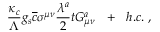
\frac { \kappa _ { c } } { \Lambda } g _ { s } \overline { { { c } } } \sigma ^ { \mu \nu } \frac { \lambda ^ { a } } { 2 } t G _ { \mu \nu } ^ { a } ~ ~ + ~ ~ h . c . ~ ,